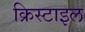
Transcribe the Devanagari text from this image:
क्रिस्टाइल